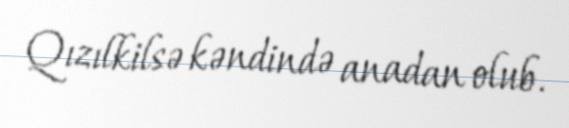
Qızılkilsə kəndində anadan olub.